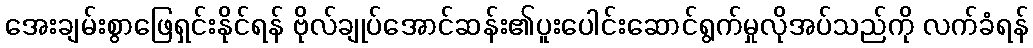
အေးချမ်းစွာဖြေရှင်းနိုင်ရန် ဗိုလ်ချုပ်အောင်ဆန်း၏ပူးပေါင်းဆောင်ရွက်မှုလိုအပ်သည်ကို လက်ခံရန်